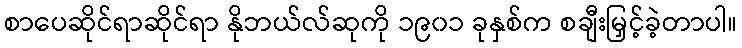
စာပေဆိုင်ရာဆိုင်ရာ နိုဘယ်လ်ဆုကို ၁၉၀၁ ခုနှစ်က စချီးမြှင့်ခဲ့တာပါ။